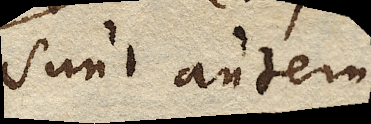
Sunt autem